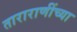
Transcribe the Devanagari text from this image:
ताराराणींच्या